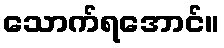
သောက်ရအောင်။